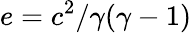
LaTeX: e=c^{2}/\gamma(\gamma-1)